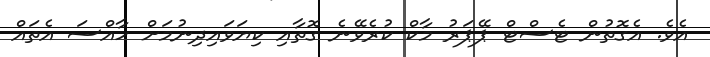
އެވެ. އެގޮތުން ޓެސްޓް ޕޭޕަރު މާކް ކުރެވޭނެ ގޮތާއި ކިޔަވައިދިނުމަށް ހާއްސަ އެތައް